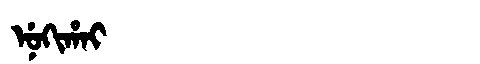
Manchu: ᠨᡠᡴᡳᡥᠠᡳ
Romanization: NUKIHAI